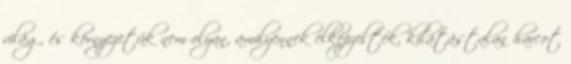
világ, és környezetük nem olyan, amilyennek elképzelték, kilátástalan harcot